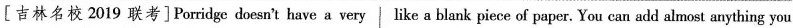
[吉林名校 2019 联考]Porridge doesn't have a very like a blank piece of paper. You can add almost anything you